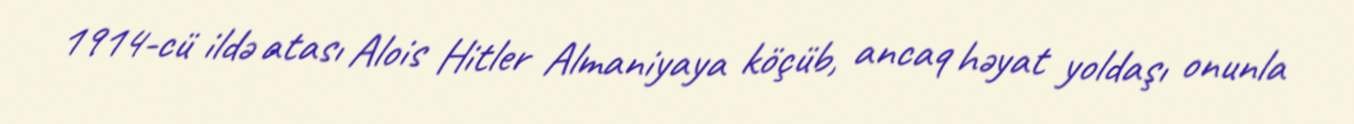
1914-cü ildə atası Alois Hitler Almaniyaya köçüb, ancaq həyat yoldaşı onunla